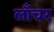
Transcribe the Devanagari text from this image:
लाँचर